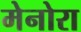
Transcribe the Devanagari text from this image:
मेनोरा